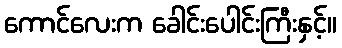
ကောင်လေးက ခေါင်းပေါင်းကြီးနှင့်။